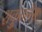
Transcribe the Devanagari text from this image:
शकुंतलेस